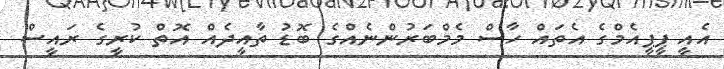
އެއީ ޕީޕީއެމްގެ އެތައް ހާސް މެމްބަރުންނެއްގެ ބޮޑު ތާއީދެއް އޮތް ކުރީގެ ރައީސް